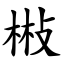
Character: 㪔